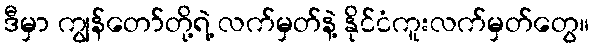
ဒီမှာ ကျွန်တော်တို့ရဲ့ လက်မှတ်နဲ့ နိုင်ငံကူးလက်မှတ်တွေ။